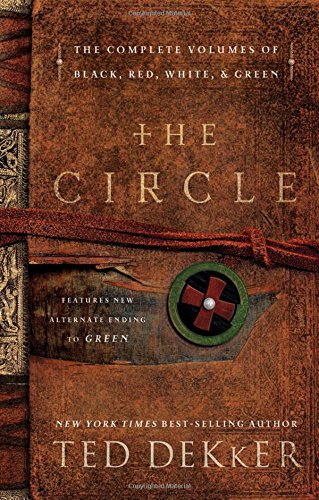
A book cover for Circle Series 4-in-1 (The Circle Series); Ted Dekker; Christian Books & Bibles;